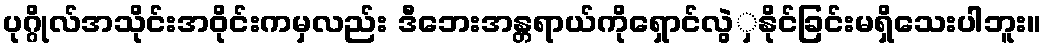
ပုဂ္ဂိုလ်အသိုင်းအဝိုင်းကမှလည်း ဒီဘေးအန္တရာယ်ကိုရှောင်လွဲှနိုင်ခြင်းမရှိသေးပါဘူး။